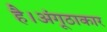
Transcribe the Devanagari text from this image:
है।अंगूठाकार